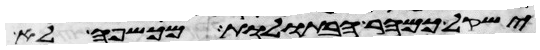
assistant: ישקל כמהר הבתולות מכשפה לא